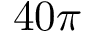
4 0 \pi